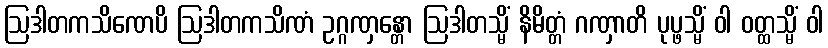
ဩဒါတကသိဏေပိ ဩဒါတကသိဏံ ဥဂ္ဂဏှန္တော ဩဒါတသ္မိံ နိမိတ္တံ ဂဏှာတိ ပုပ္ဖသ္မိံ ဝါ ဝတ္ထသ္မိံ ဝါ